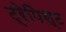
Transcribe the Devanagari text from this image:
ट्रेपिस्ट